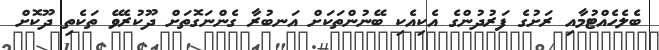
ބެލެހެއްޓުމާއި ރަށުގެ ފަރުދުންގެ އެކިއެކި ބޭނުންތަކަށް އަނބުރާ ގެންނަގޮތަށް ދޫކުރެވޭ ތަކެތި ދޫކޮށް